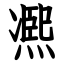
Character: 凞